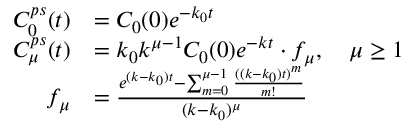
\begin{array} { r l } { C _ { 0 } ^ { p s } ( t ) } & { = C _ { 0 } ( 0 ) e ^ { - k _ { 0 } t } } \\ { C _ { \mu } ^ { p s } ( t ) } & { = k _ { 0 } k ^ { \mu - 1 } C _ { 0 } ( 0 ) e ^ { - k t } \cdot f _ { \mu } , \quad \mu \geq 1 } \\ { f _ { \mu } } & { = \frac { e ^ { ( k - k _ { 0 } ) t } - \sum _ { m = 0 } ^ { \mu - 1 } \frac { ( ( k - k _ { 0 } ) t ) ^ { m } } { m ! } } { ( k - k _ { 0 } ) ^ { \mu } } } \end{array}